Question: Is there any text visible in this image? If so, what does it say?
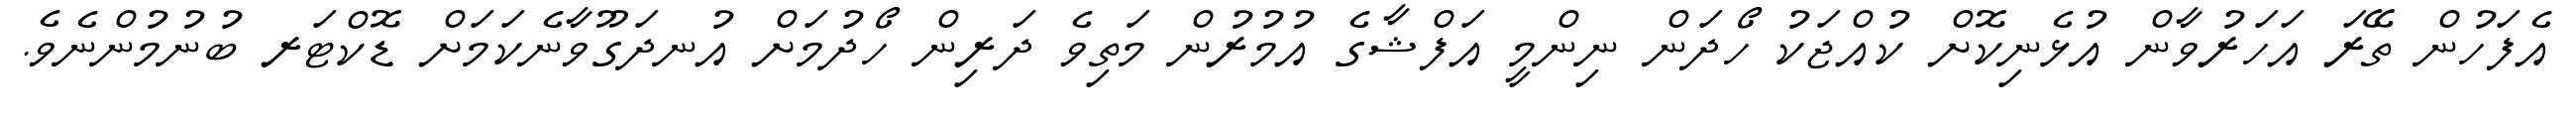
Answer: އެފަހުން ތޭރަ އަހަރުވާން އުޅެނިކޮށް ކުއްޖަކު ހޯދަން ނިންމީ އަފްޝާގެ އުމުރުން މަތިވެ ދަރިން ހޯދުމަށް އުނދަގޫވާނެކަމަށް ޑޮކްޓަރ ބުނުމުންނެވެ.